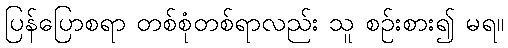
ပြန်ပြောစရာ တစ်စုံတစ်ရာလည်း သူ စဉ်းစား၍ မရ။